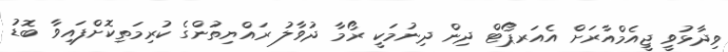
ވިދާޅުވީ ޖީއެމްއާރަށް އެއަރޕޯޓް ދިން ދިނުމަކީ ރޯމާ ދުވާލު ރައްޔިތުންގެ ކުރިމަތިކޮށްފައިވާ ބޮޑު